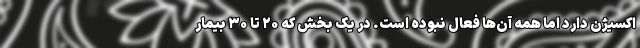
اکسیژن دارد اما همه آن‌ها فعال نبوده است. در یک بخش که ۲۰ تا ۳۰ بیمار